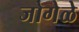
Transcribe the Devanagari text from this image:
जोगेळे